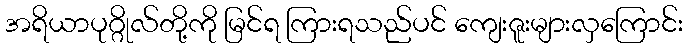
အရိယာပုဂ္ဂိုလ်တို့ကို မြင်ရ ကြားရသည်ပင် ကျေးဇူးများလှကြောင်း